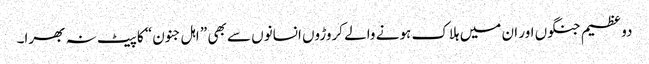
دو عظیم جنگوں اور ان میں ہلاک ہونے والے کروڑوں انسانوں سے بھی ” اہل جنون“ کا پیٹ نہ بھرا۔